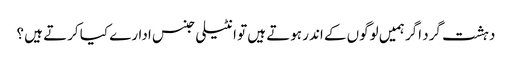
دہشت گرد اگر ہمیں لوگوں کے اندر ہوتے ہیں تو انٹیلی جنس ادارے کیا کرتے ہیں ؟